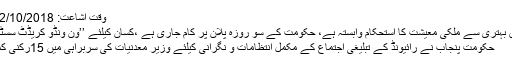
وقت اشاعت: 22/10/2018 - 17:09:53
شعبہ زراعت میں بہتری سے ملکی معیشت کا استحکام وابستہ ہے، حکومت کے سو روزہ پلان پر کام جاری ہے ،کسان کیلئے ’’ون ونڈو کریڈٹ سسٹم‘‘ لانے پرکام ..
حکومت پنجاب نے رائیونڈ کے تبلیغی اجتماع کے مکمل انتظامات و نگرانی کیلئے وزیر معدنیات کی سربراہی میں 15رکنی کمیٹی تشکیل دیدی